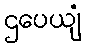
ဌပေယျံ